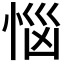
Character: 𢚰